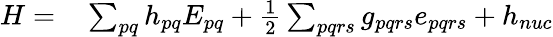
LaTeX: \begin{array}{rl}{H=}&{{}\sum_{pq}h_{pq}E_{pq}+\frac{1}{2}\sum_{pqrs}g_{pqrs}e_{pqrs}+h_{nuc}}\end{array}